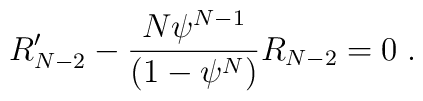
R^{\prime}_{N-2}-\frac{N{\psi}^{N-1}}{(1-{\psi}^N)}R_{N-2}=0\;.